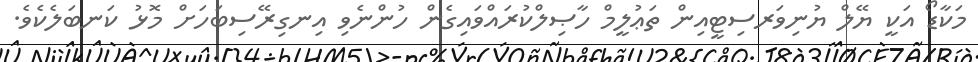
މަކާޑޯ އަކީ ޔޭލް ޔުނިވަރސިޓީއިން ތަޢުލީމް ހާޞިލްކުރައްވައިގެން ހުންނެވި އިނގިރޭސިބަހަށް މޮޅު ކަނބަލެކެވެ.